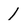
Character: 1